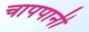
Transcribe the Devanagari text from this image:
चापपानी